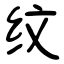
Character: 纹